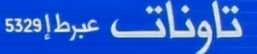
تاونات عبرطإ532